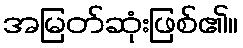
အမြတ်ဆုံးဖြစ်၏။